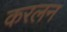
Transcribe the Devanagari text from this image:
करलन